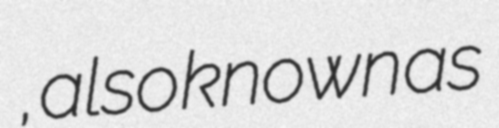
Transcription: , also known as